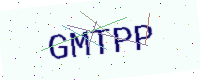
Text: GMTPP